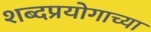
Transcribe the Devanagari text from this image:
शब्दप्रयोगाच्या